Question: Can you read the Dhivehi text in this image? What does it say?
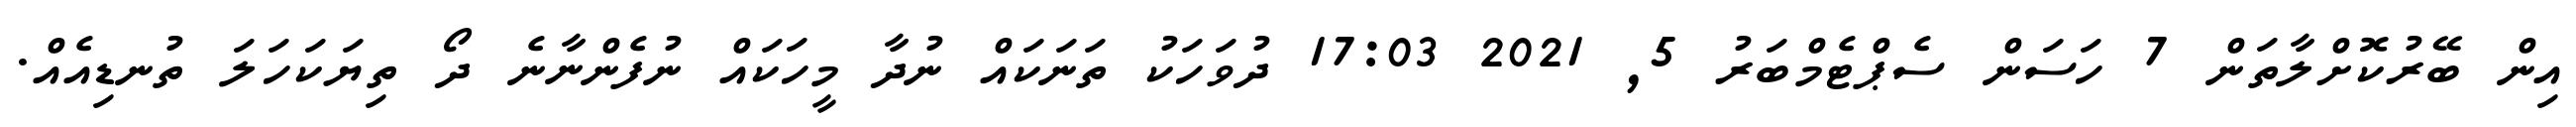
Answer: އިން ބޭރުކޮށްލާތަން 7 ހަސަން ސެޕްޓެމްބަރު 5, 2021 17:03 ދުވަހަކު ތަނަކައް ނުދާ މީހަކައް ނުފެންނާނެ ދޯ ތިޔަކަހަލަ ތުނޑިއެއް.